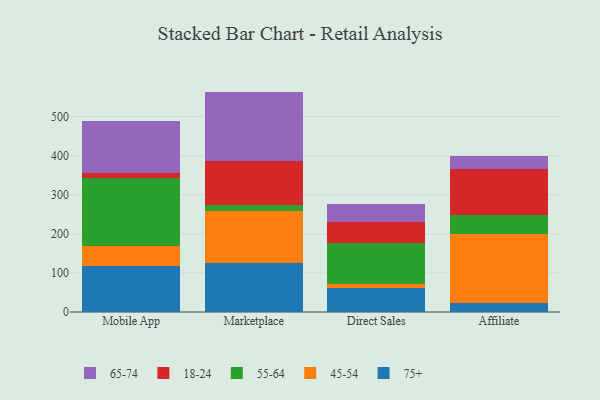
{"axis": {"x": "Channel", "y": "Tickets Resolved"}, "legend": ["18-24", "45-54", "55-64", "65-74", "75+"], "data": [{"x": "Mobile App", "y": 117.3, "type": "75+"}, {"x": "Mobile App", "y": 52.4, "type": "45-54"}, {"x": "Mobile App", "y": 174.4, "type": "55-64"}, {"x": "Mobile App", "y": 11.0, "type": "18-24"}, {"x": "Mobile App", "y": 133.5, "type": "65-74"}, {"x": "Marketplace", "y": 126.1, "type": "75+"}, {"x": "Marketplace", "y": 132.2, "type": "45-54"}, {"x": "Marketplace", "y": 15.7, "type": "55-64"}, {"x": "Marketplace", "y": 112.5, "type": "18-24"}, {"x": "Marketplace", "y": 177.4, "type": "65-74"}, {"x": "Direct Sales", "y": 60.5, "type": "75+"}, {"x": "Direct Sales", "y": 10.3, "type": "45-54"}, {"x": "Direct Sales", "y": 104.7, "type": "55-64"}, {"x": "Direct Sales", "y": 53.7, "type": "18-24"}, {"x": "Direct Sales", "y": 47.4, "type": "65-74"}, {"x": "Affiliate", "y": 23.2, "type": "75+"}, {"x": "Affiliate", "y": 176.4, "type": "45-54"}, {"x": "Affiliate", "y": 48.7, "type": "55-64"}, {"x": "Affiliate", "y": 116.6, "type": "18-24"}, {"x": "Affiliate", "y": 33.4, "type": "65-74"}]}